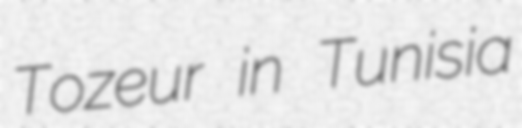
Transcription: Tozeur in Tunisia